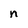
Character: n